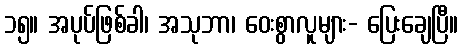
၁၅။ အပုပ်ဖြစ်ခါ၊ အသုဘာ၊ ဝေးစွာလူများ- ပြေးချေပြီ။